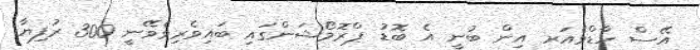
އޭސް ހާޑްވެއަރ އިން ބުނީ އެ ބޮޑު ޕްރޮމޯޝަންގައި ބައިވެރިވެވޭނީ 300 ރުފިޔާ